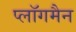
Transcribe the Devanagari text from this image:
प्लॉगमैन